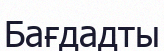
Бағдадты